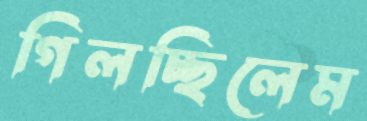
গিলচ্ছিলেম